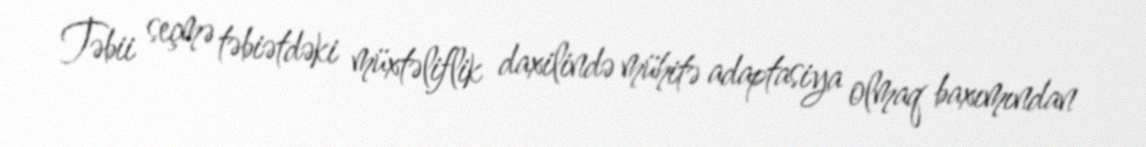
Təbii seçmə təbiətdəki müxtəliflik daxilində mühitə adaptasiya olmaq baxımından